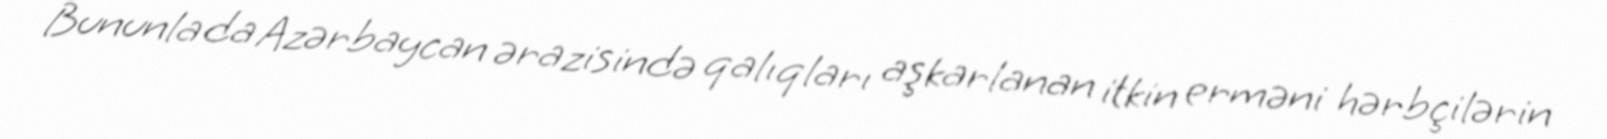
Bununla da Azərbaycan ərazisində qalıqları aşkarlanan itkin erməni hərbçilərin